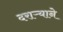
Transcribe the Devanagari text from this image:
दराऱ्याने